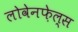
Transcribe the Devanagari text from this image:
लोवेनफ़ेल्स